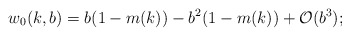
\begin{align*}w_0(k,b)=b(1-m(k))-b^2(1-m(k))+\mathcal{O}(b^3);\end{align*}